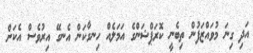
އަދި ގިނަ މުވައްޒަފުން ތިބެނީ ކޮރަޕްޝަންގެ އަމަލެއް ހިނގާކަން އެނގޭ އިރުވެސް އެކަން